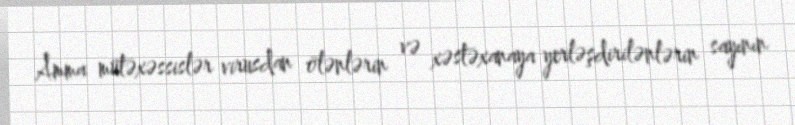
Amma mütəxəssislər virusdan ölənlərin və xəstəxanaya yerləşdirilənlərin sayının